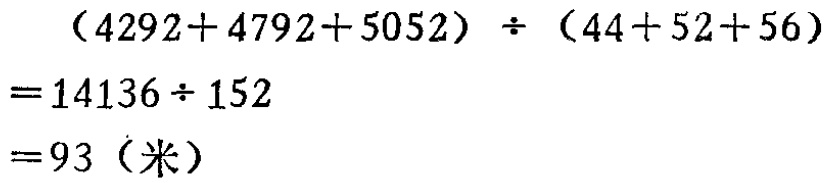
\[
\begin{align*}
&(4292 + 4792 + 5052) \div (44 + 52 + 56)\\
=&14136\div152\\
=&93 (\text{米})
\end{align*}
\]